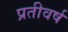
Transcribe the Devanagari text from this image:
प्रतीवर्ष